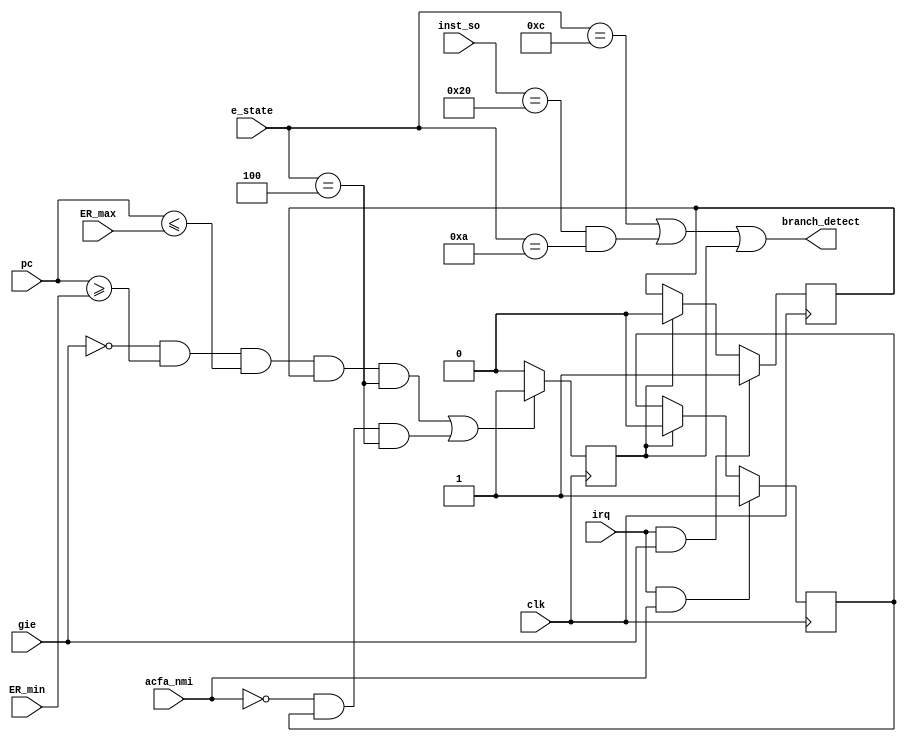

module  branch_monitor (
    clk,    
    pc,     
    ER_min,
    ER_max,
//    LOG_size,
    acfa_nmi,
    irq,
    gie,
    
    e_state,
    inst_so,

    branch_detect
);

input		    clk;
input   [15:0]  pc;
input   [15:0]  ER_min;
input   [15:0]  ER_max;
//input   [15:0]  LOG_size;
input           acfa_nmi;
input           irq;
input           gie;
input   [3:0]   e_state;
input   [7:0]   inst_so;
output          branch_detect;


//MACROS //
parameter LOG_SIZE = 16'h0000; // overwritten by parent module
parameter TCB_BASE = 16'ha000;

reg irq_pend;
reg call_irq;
reg acfa_nmi_pnd = 0;
initial
begin
        irq_pend = 0;
        call_irq = 0;
end

//////////////// BRANCH DETECTION /////////////////
wire jmp_or_ret = (e_state == 4'b1100);
wire call = (inst_so == 8'b00100000)  & (e_state == 4'b1010); // e_state = A

always @(posedge clk)
if(irq && gie) // Wait --> Pend 
    irq_pend <= 1;
else if(call_irq) irq_pend <= 0; //Acc --> Wait

always @(posedge clk)
if(irq && acfa_nmi) // Wait --> Pend 
    acfa_nmi_pnd <= 1;
else if(call_irq) acfa_nmi_pnd <= 0; //Acc --> Wait
    
always @(posedge clk)
if((~gie && pc >= ER_min && pc<=ER_max && irq_pend && (e_state == 4'b0100)) || (~acfa_nmi && acfa_nmi_pnd && (e_state == 4'b0100))) // Pend --> Acc
    call_irq <= 1;
else call_irq <= 0; // Wait or Pend

assign branch_detect = jmp_or_ret | call | call_irq;

endmodule